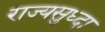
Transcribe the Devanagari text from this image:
राज्यसुध्दा